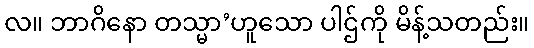
လ။ ဘာဂိနော တသ္မာ’ဟူသော ပါဌ်ကို မိန့်သတည်း။